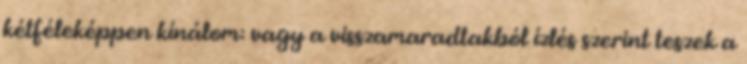
kétféleképpen kínálom: vagy a visszamaradtakból ízlés szerint teszek a